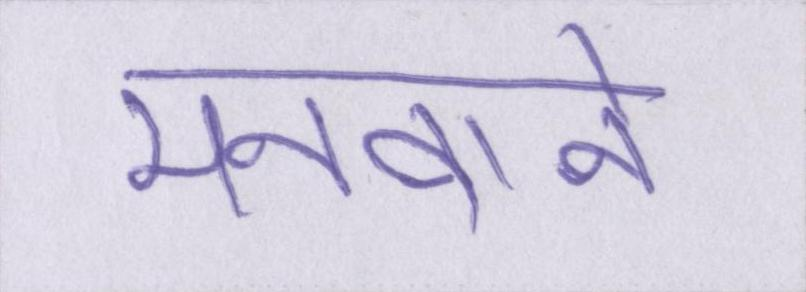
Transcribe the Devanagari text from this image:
मनवाने